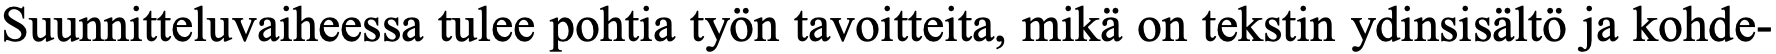
Suunnitteluvaiheessa tulee pohtia työn tavoitteita, mikä on tekstin ydinsisältö ja kohde-